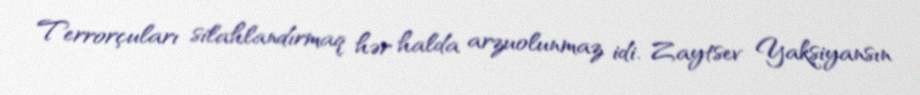
Terrorçuları silahlandırmaq hər halda arzuolunmaz idi. Zaytsev Yakşiyansın